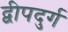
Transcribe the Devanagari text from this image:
द्वीपदुर्ग